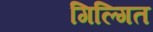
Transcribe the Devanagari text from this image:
गिल्गित